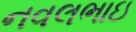
નવલભાઇ